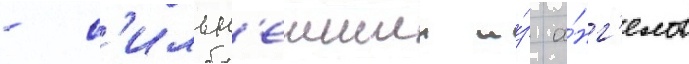
- с'ильн'еишии и́з а́нг'елов